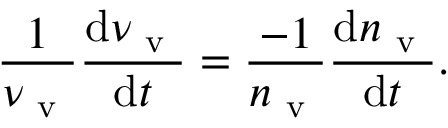
\frac { 1 } { \nu _ { \mathrm { ~ v ~ } } } \frac { \mathrm { d } \nu _ { \mathrm { ~ v ~ } } } { \mathrm { d } t } = \frac { - 1 } { n _ { \mathrm { ~ v ~ } } } \frac { \mathrm { d } n _ { \mathrm { ~ v ~ } } } { \mathrm { d } t } .